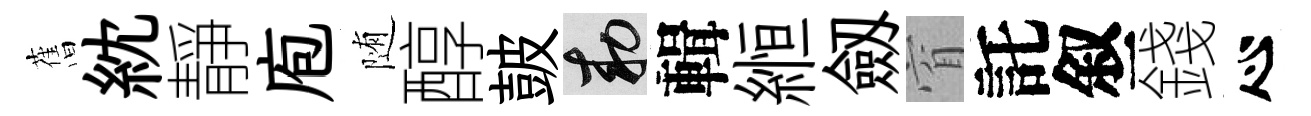
𦾔紞靜庖随醇皷敕輯縆劔窅託叙錢心